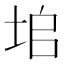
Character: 垖